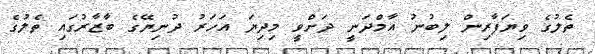
ތެލުގެ ވިޔަފާރިން ލިބުނު އާމްދަނީ ދަށްވީ މިދިޔަ އަހަރު ދުނިޔޭގެ ބާޒާރުގައި ތެލުގެ